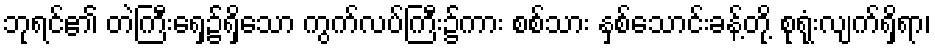
ဘုရင်၏ တဲကြီးရှေ့၌ရှိသော ကွက်လပ်ကြီး၌ကား စစ်သား နှစ်သောင်းခန့်တို့ စုရုံးလျက်ရှိရာ၊